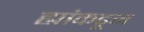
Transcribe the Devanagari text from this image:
ह्यांकढून